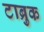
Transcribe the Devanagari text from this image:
टाब्रुक